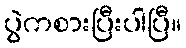
ပွဲကစားပြီးပါပြီ။